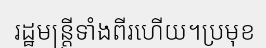
រដ្ឋមន្ត្រីទាំងពីរហើយ។ប្រមុខ